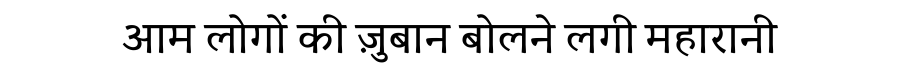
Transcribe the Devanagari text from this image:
आम लोगों की ज़ुबान बोलने लगी महारानी